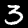
Label: 3